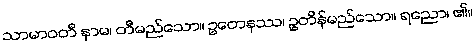
သာမာဝတီ နာမ၊ တီမည်သော။ ဥတေနဿ၊ ဥတိန်မည်သော။ ရညော၊ ၏။